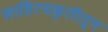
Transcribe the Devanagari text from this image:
साहित्यकृतीतून